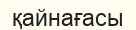
қайнағасы